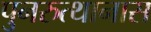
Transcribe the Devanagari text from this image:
पुनरुत्थानास